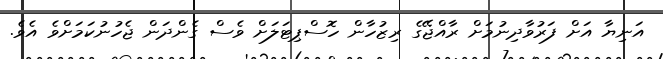
އަނިޔާ އަށް ފަރުވާދިނުމަށް ރާއްޖޭގެ ރިޒުހާން ހޮސްޕިޓަލަށް ވެސް ގެންދަން ޖެހުނުކަމަށްވެ އެވެ.